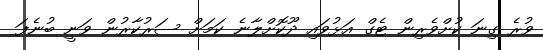
ވުރެ ގިނަ ކުށްވެރިން ޓެގް އަޅުވައި ދޫކޮށްލާނެ ކަމަށް ސަރުކާރުން ވަނީ ބުނެފަ